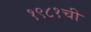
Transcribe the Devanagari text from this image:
१९८१ची